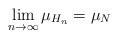
LaTeX: \begin{align*}\lim_{n\rightarrow\infty}\mu_{H_{n}}=\mu_{N}\end{align*}